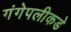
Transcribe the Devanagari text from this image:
गंगेपलीकडे